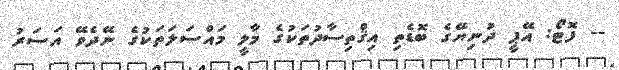
-- ފޮޓޯ: އޭޕީ ދުނިޔޭގެ ބޮޑެތި އިޤްތިސާދުތަކުގެ މާލީ މައްސަލަތަކުގެ ނޭދެވޭ އަސަރު